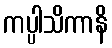
ကပ္ပါသိကာနိ